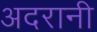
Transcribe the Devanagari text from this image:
अदरानी